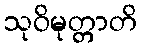
သုဝိမုတ္တာတိ